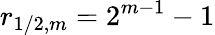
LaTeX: r_{1/2,m}=2^{m-1}-1